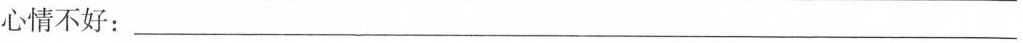
心情不好：___